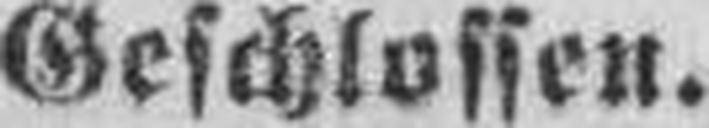
Geschlossen.